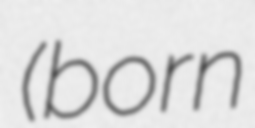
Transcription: (born